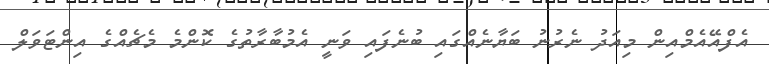
އެފްއޭއެމްއިން މިއަދު ނެރުނު ބަޔާނެއްގައި ބުނެފައި ވަނީ އެމުބާރާތުގެ ކޮންމެ މެޗެއްގެ އިންޓަވަލް